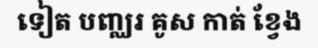
ទៀត បញ្ឈរ គូស កាត់ ខ្វែង